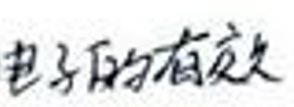
电子的有效